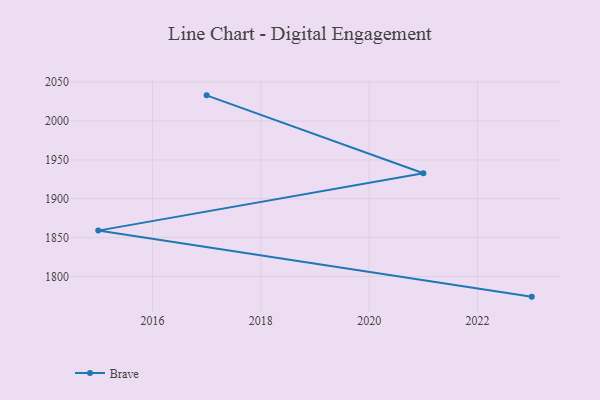
{"axis": {"x": "Year", "y": "Population (Million)"}, "legend": ["Brave"], "data": [{"x": "2023", "y": 1774.1, "type": "Brave"}, {"x": "2015", "y": 1859.0, "type": "Brave"}, {"x": "2021", "y": 1932.7, "type": "Brave"}, {"x": "2017", "y": 2032.9, "type": "Brave"}]}